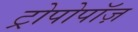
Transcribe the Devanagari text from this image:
ट्रोपोपॉज़